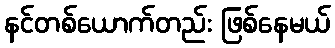
နင်တစ်ယောက်တည်း ဖြစ်နေမယ်